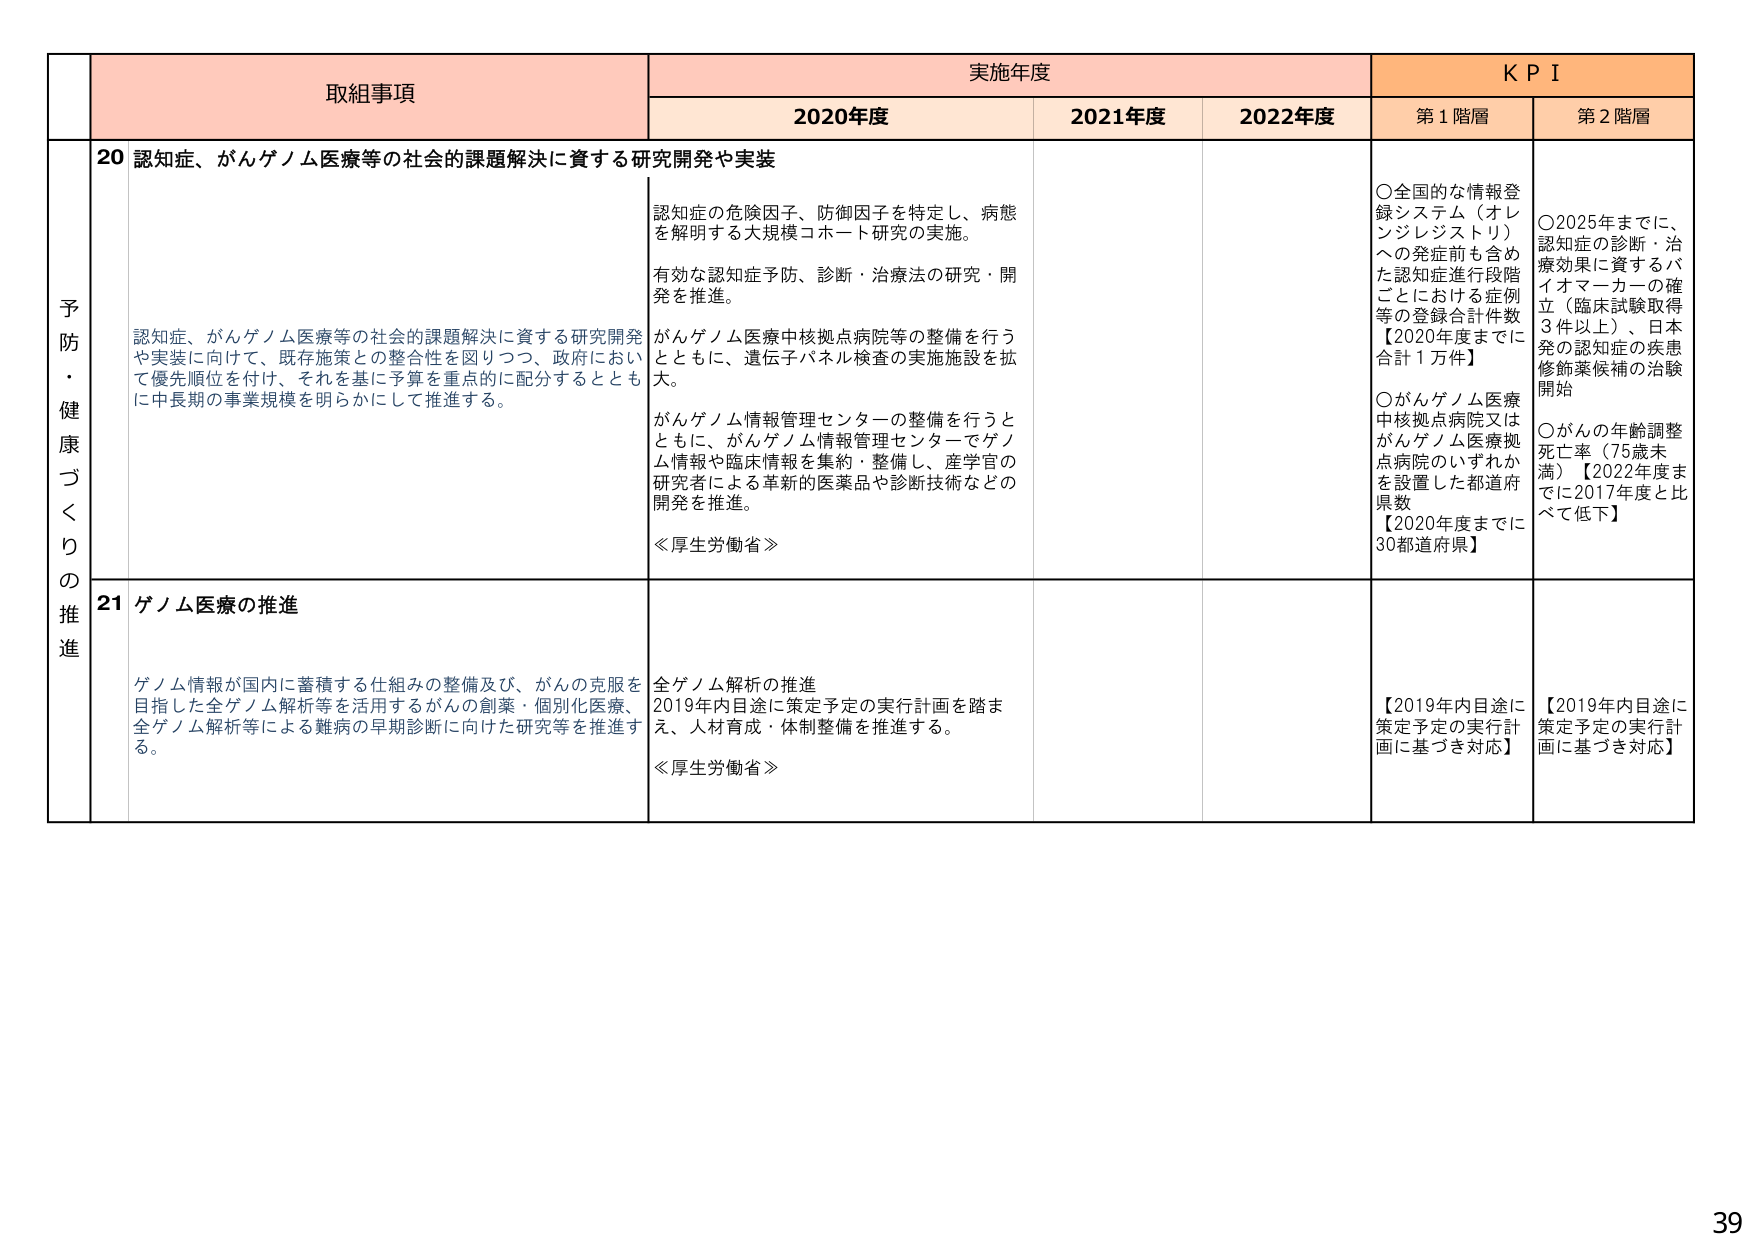
予防・健康づくりの推進

取組事項

実施年度

KPI

2020年度

2021年度

2022年度

第1階層

第2階層

20 認知症、がんゲノム医療等の社会的課題解決に資する研究開発や実装

認知症の危険因子、防御因子を特定し、病態を解明する大規模コホート研究の実施。

有効な認知症予防、診断・治療法の研究・開発を推進。

がんゲノム医療中核拠点病院等の整備を行うとともに、遺伝子パネル検査の実施施設を拡大。

がんゲノム情報管理センターの整備を行うとともに、がんゲノム情報管理センターでゲノム情報や臨床情報を集約・整備し、産学官の研究者による革新的医薬品や診断技術などの開発を推進。

≪厚生労働省≫

○全国的な情報登録システム（オレンジレジストリ）への発症前も含めた認知症進行段階ごとにおける症例等の登録合計件数【2020年度までに合計1万件】

○がんゲノム医療中核拠点病院又はがんゲノム医療拠点病院のいずれかを設置した都道府県数【2020年度までに30都道府県】

○2025年までに、認知症の診断・治療効果に資するバイオマーカーの確立（臨床試験取得3件以上）、日本発の認知症の疾患修飾薬候補の治験開始

○がんの年齢調整死亡率（75歳未満）【2022年度までに2017年度と比べて低下】

21 ゲノム医療の推進

ゲノム情報が国内に蓄積する仕組みの整備及び、がんの克服を目指した全ゲノム解析等を活用するがんの創薬・個別化医療、全ゲノム解析等による難病の早期診断に向けた研究等を推進する。

全ゲノム解析の推進
2019年内目途に策定予定の実行計画を踏まえ、人材育成・体制整備を推進する。

≪厚生労働省≫

【2019年内目途に策定予定の実行計画に基づき対応】

【2019年内目途に策定予定の実行計画に基づき対応】

39